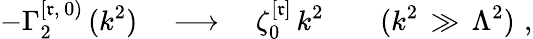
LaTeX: -\Gamma_{2}^{[\mathfrak{r},\, 0)}\, (k^{2})\quad\longrightarrow\quad\zeta_{0}^{[\mathfrak{r}]}\, k^{2}\qquad(k^{2}\, \gg\, \Lambda^{2})\, \, ,